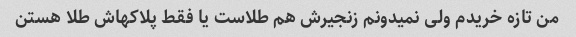
من تازه خریدم ولی نمیدونم زنجیرش هم طلاست یا فقط پلاکهاش طلا هستن